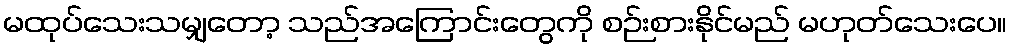
မထုပ်သေးသမျှတော့ သည်အကြောင်းတွေကို စဉ်းစားနိုင်မည် မဟုတ်သေးပေ။